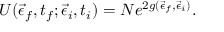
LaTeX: U ( \vec { \epsilon } _ { f } , t _ { f } ; \vec { \epsilon } _ { i } , t _ { i } ) = N e ^ { 2 g ( \vec { \epsilon } _ { f } , \vec { \epsilon } _ { i } ) } .